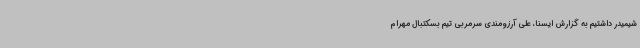
شیمیدر داشتیم به گزارش ایسنا، علی آرزومندی سرمربی تیم بسکتبال مهرام